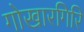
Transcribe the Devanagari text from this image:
गोखारगिरि